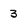
Character: 3